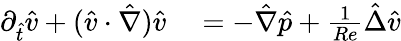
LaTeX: \begin{array}{rl}{\partial_{\hat{t}}\hat{v}+(\hat{v}\cdot\hat{\nabla})\hat{v}}&{{}=-\hat{\nabla}\hat{p}+\frac{1}{Re}\hat{\Delta}\hat{v}}\end{array}